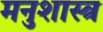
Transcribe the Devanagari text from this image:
मनुशास्त्र